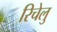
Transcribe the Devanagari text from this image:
रिचेलु